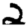
Digit: 2